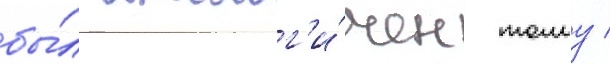
бы́л аналог'и́чен тому /